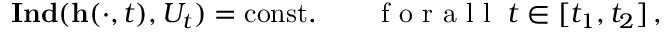
\mathbf { I n d } ( \mathbf { h } ( \cdot , t ) , U _ { t } ) = \mathrm { c o n s t } . \qquad \mathrm { ~ f ~ o ~ r ~ a ~ l ~ l ~ } \; t \in [ t _ { 1 } , t _ { 2 } ] \, ,